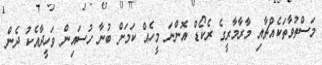
މަސްތުވާތަކެއްޗާއި މާރާމާރީގެ ރެކޯޑް އޮންނަ މީހެއް ކަމަށް ބުނާ ހުސައިން ވަހީދާއެކު ދެން